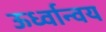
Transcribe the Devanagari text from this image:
ऊर्ध्वान्वय